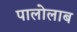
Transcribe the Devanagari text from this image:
पालोलाब